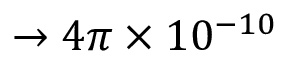
\to 4 \pi \times 1 0 ^ { - 1 0 }